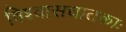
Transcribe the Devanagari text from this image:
विश्वासघातकाः